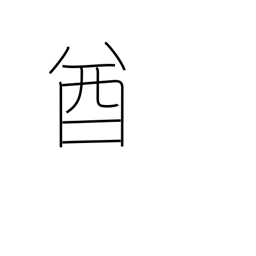
Meaning: chieftain